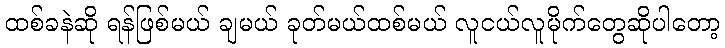
ထစ်ခနဲဆို ရန်ဖြစ်မယ် ချမယ် ခုတ်မယ်ထစ်မယ် လူငယ်လူမိုက်တွေဆိုပါတော့